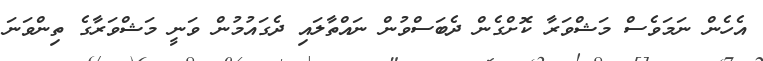
އެހެން ނަމަވެސް މަޝްވަރާ ކޮށްގެން ދެބަސްވުން ނައްތާލައި ދެގައުމުން ވަނީ މަޝްވަރާގެ ތިންވަނަ